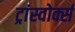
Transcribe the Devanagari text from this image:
ट्रांस्वोर्क्स